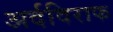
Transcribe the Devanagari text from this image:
अर्दविराफ